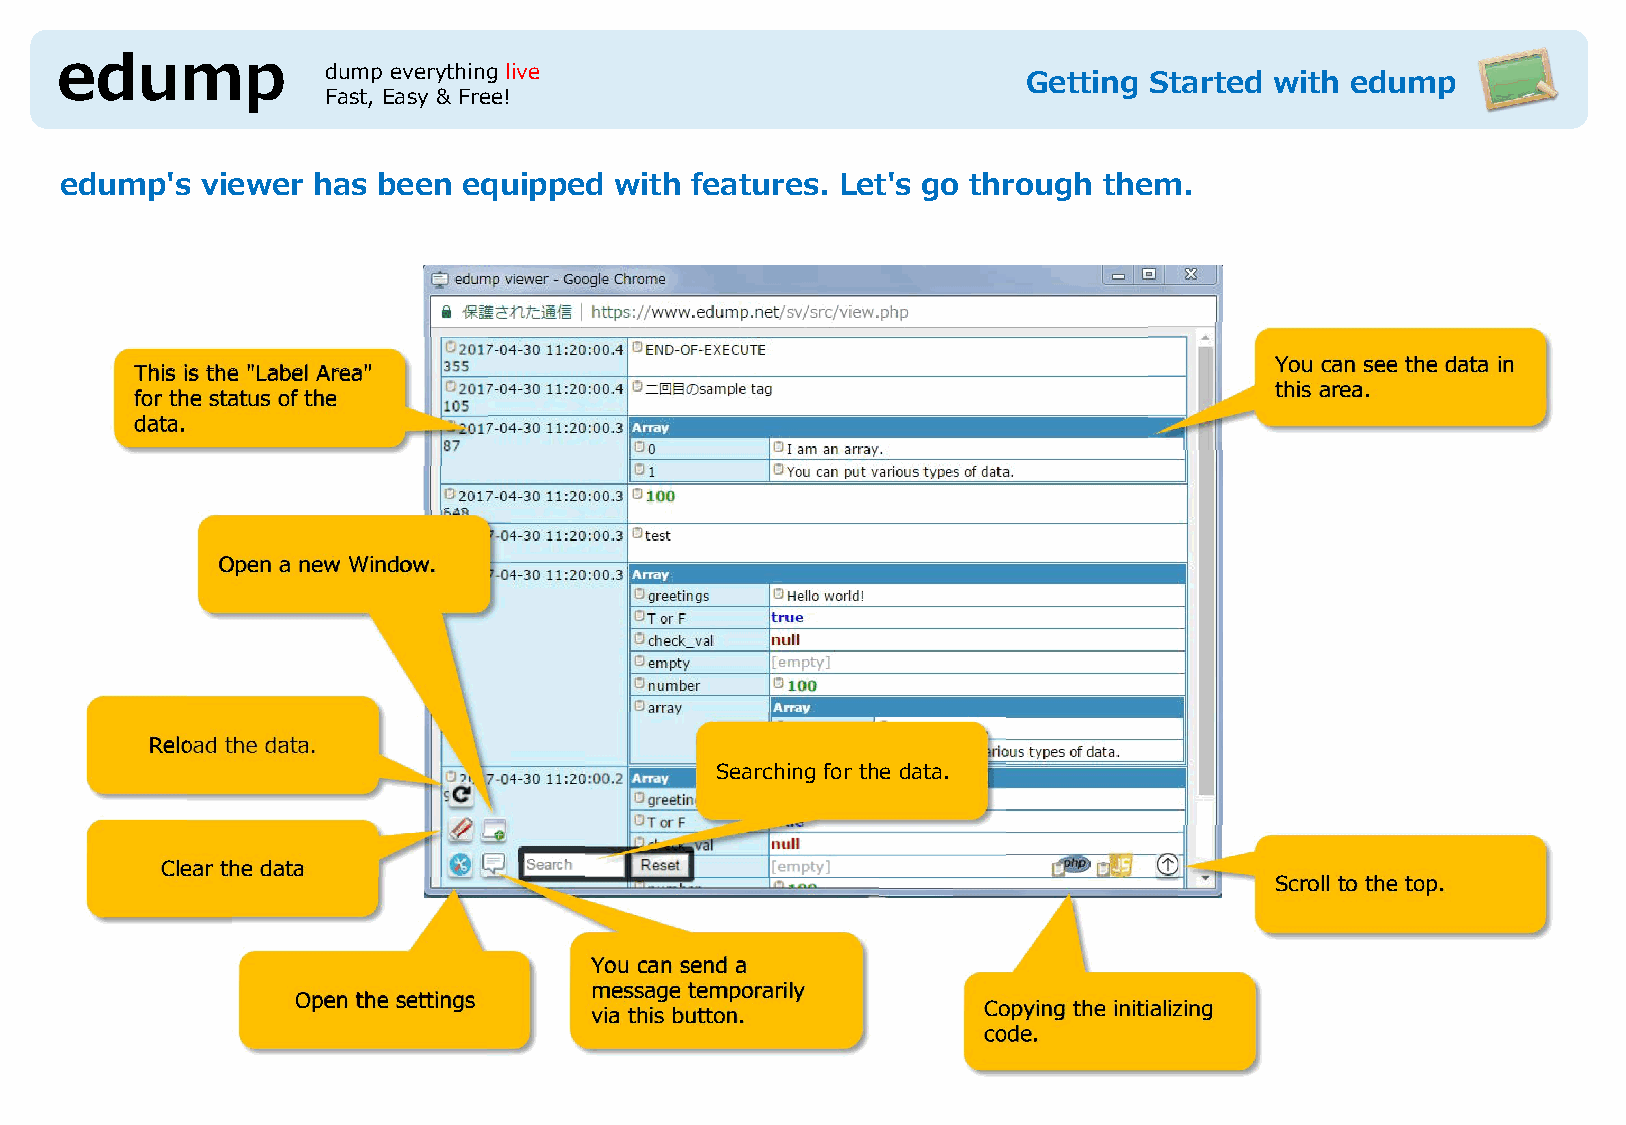
edump            dump everything live
 Getting Started with edump
 Fast, Easy & Free!
 edump's  viewer  has been  equipped  with features. Let's go through them.
 You can see the data in
 This is the "Label Area"
 this area.
 for the status of the
 data.
 Open a new Window.
 Reload the data.
 Searching for the data.
 Clear the data
 Scroll to the top.
 You can send a
 message temporarily
 Open the settings
 Copying the initializing
 via this button.
 code.